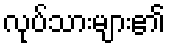
လုပ်သားများ၏